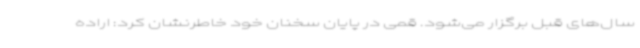
سال‌های قبل برگزار می‌شود. قمی در پایان سخنان خود خاطرنشان کرد: اراده